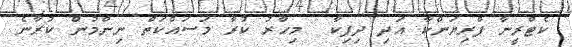
ކެޓްރީނާ ޕްރިޔަންކާ އަދި ދިޕިކާ  މިހާރު ކުރާ މަސައްކަތް ނިންމުން ކުރާނެ